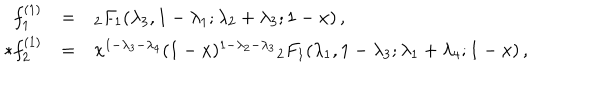
\renewcommand { \arraystretch } { 1 . 5 } \begin{array} { r c l } { { f _ { 1 } ^ { ( 1 ) } } } & { { = } } & { { { } _ { 2 } F _ { 1 } ( \lambda _ { 3 } , 1 - \lambda _ { 1 } ; \lambda _ { 2 } + \lambda _ { 3 } ; 1 - x ) \, , } } \\ { { * f _ { 2 } ^ { ( 1 ) } } } & { { = } } & { { x ^ { 1 - \lambda _ { 3 } - \lambda _ { 4 } } ( 1 - x ) ^ { 1 - \lambda _ { 2 } - \lambda _ { 3 } } { } _ { 2 } F _ { 1 } ( \lambda _ { 1 } , 1 - \lambda _ { 3 } ; \lambda _ { 1 } + \lambda _ { 4 } ; 1 - x ) \, , } } \\ \end{array}